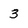
Character: 3